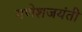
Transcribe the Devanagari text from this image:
गणेशजयंती